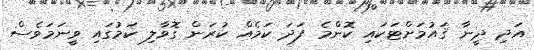
އަދި ދީނާ ޤައުމަށްޓަކައި ކޮންމެ ފަދަ ކަމެއް ކުރަން ގޮވާލި ކަމުގައި ވީނަމަވެސް